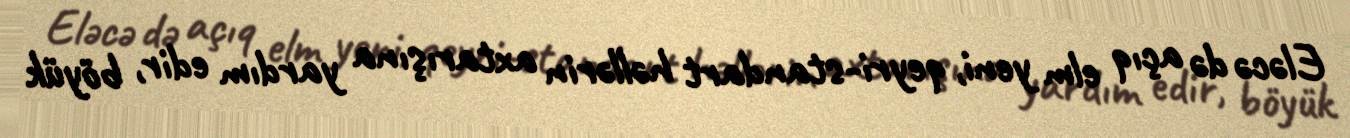
Eləcə də açıq elm yeni, qeyri-standart həllərin axtarışına yardım edir, böyük